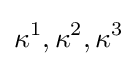
\kappa ^{1},\kappa ^{2},\kappa ^{3}